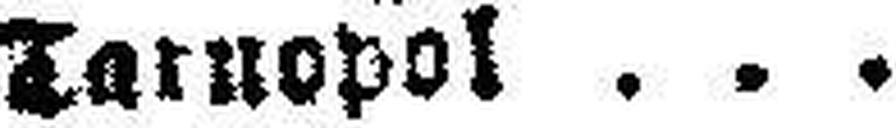
Tarnopol